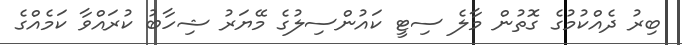
ބިރު ދެއްކުމުގެ ގޮތުން މާލެ ސިޓީ ކައުންސިލުގެ މޭޔަރު ޝިހާބު ކުރައްވާ ކަމެއްގެ